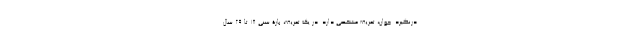
درنگیرد. جوان، تعریف مشخصی دارد. در یک تعریف، بازۀ سنی 18 تا 29 سال